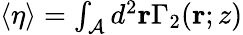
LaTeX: \begin{array}{r}{\langle\eta\rangle=\int_{\mathcal{A}}d^{2}\mathbf{r}\Gamma_{2}(\mathbf{r};z)}\end{array}